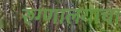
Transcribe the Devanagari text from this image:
रुग्णालयाचा